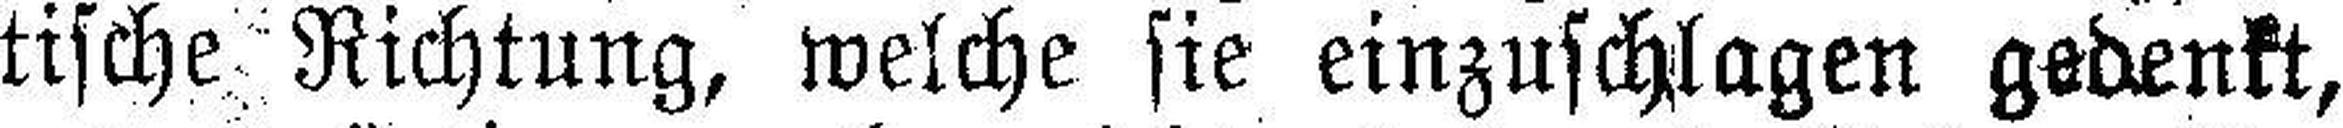
tische Richtung, welche sie einzuschlagen gedenkt,